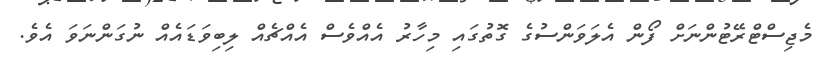
މެޖިސްޓްރޭޓުންނަށް ފޯން އެލަވަންސުގެ ގޮތުގައި މިހާރު އެއްވެސް އެއްޗެއް ލިބިވަޑައެއް ނުގަންނަވަ އެވެ.